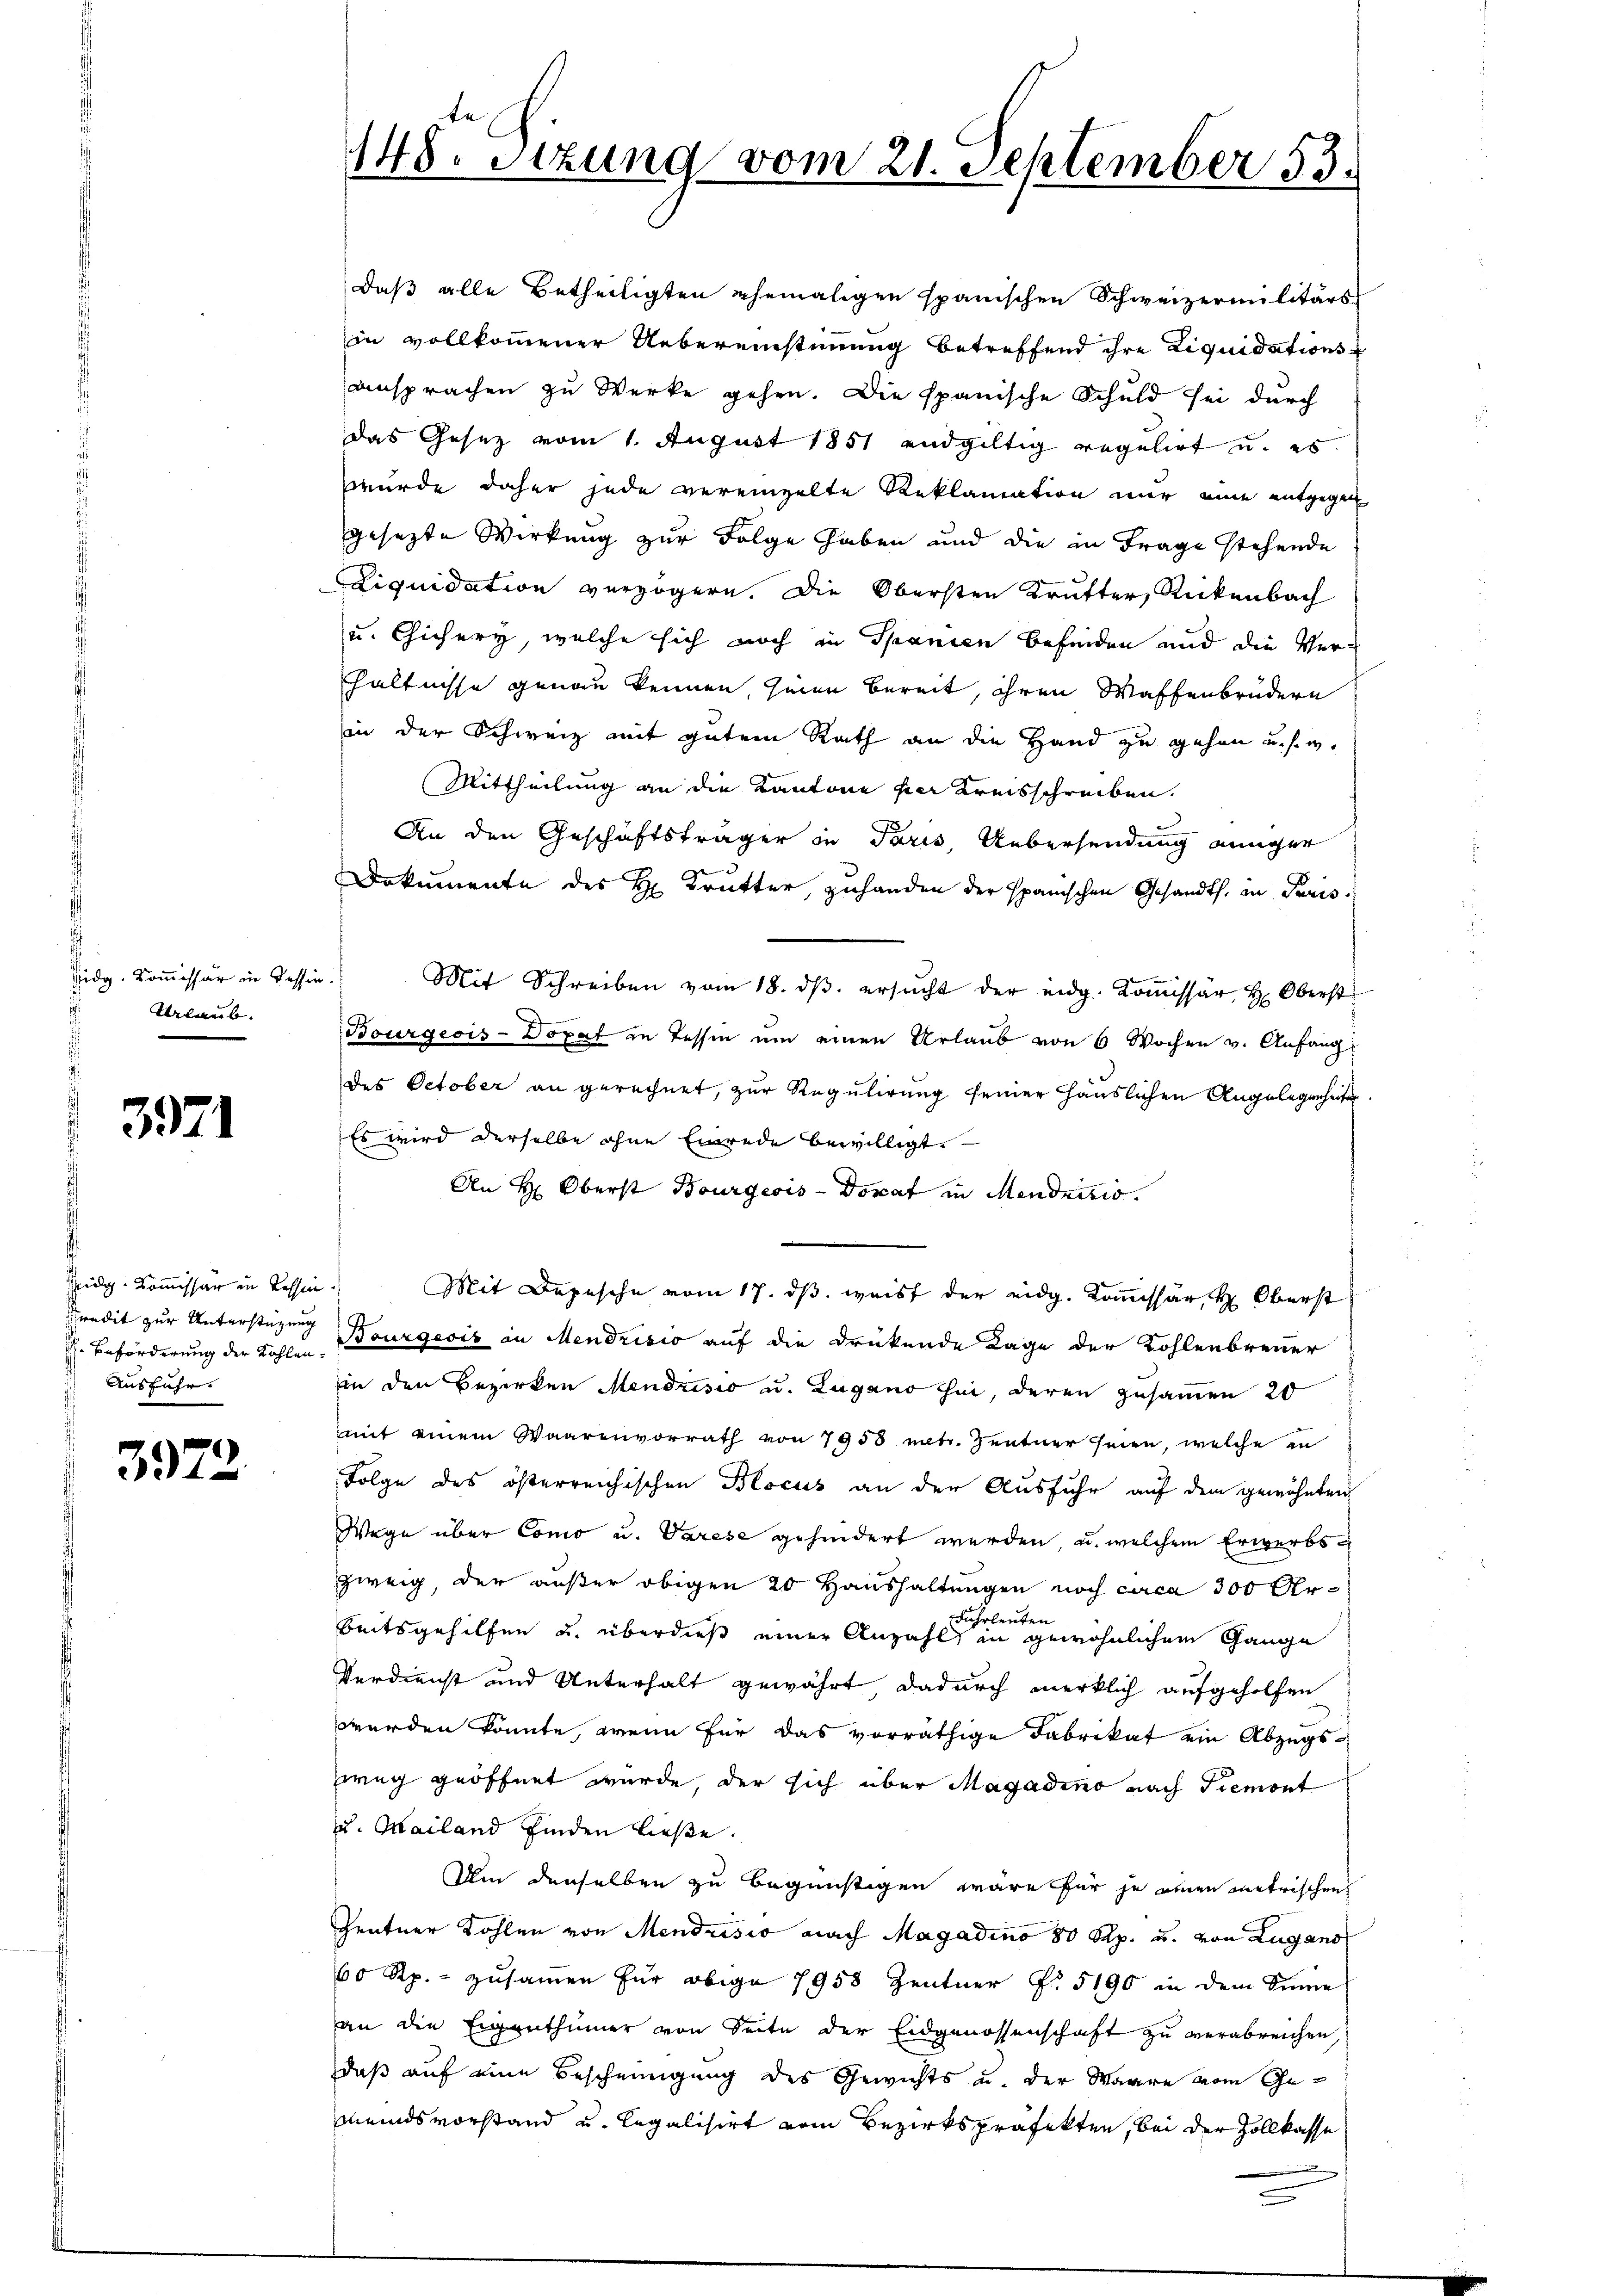
Eidg. Kommissär in Tessin
Urlaub.

3971

eidg. Kommissär in Tessin
redit zur Unterstüzung
H Beförderung der Kohlen¬
Ausfuhr.

3972.

148. Stzung vom 21. September 53.

daß alle Betheiligten ehemaligen spanischen Schweizermilitärs
in vollkommener Uebereinstimmung betreffend ihre Liquidationsansprachen zu Werke gehen. Die spanische Schuld sei durch
das Gesetz vom 1. August 1851 endgültig regelief u. es
wurde daher jede vereinzelte Reklamation mir eine entgegen
gesetzte Wirkung zur Folge haben und die in Frage stehende
Liquidation verzögern. Die Obersten Krutter, Rickenbach
u. Cicery, welche sich noch in Spanien befinden und die Verhältnisse genau kennen, sien bereit, ihren Waffenbrüdern
in der Schweiz mit gutem Rath an die Hand zu gehen u. s. w.
Mittheilung an die Kantone per Kreisschreiben.
An den Geschäftsträger in Paris Uebersendung einger
Dokumente des H. Krutter, zuhanden der spanischen Gesandts. in Paris.
f
Mit Schreiben vom 18. dβ. ersŭcht der eidg. Koṁissär H. Oberst
Bourgeois-Dopat zu Tessin um einen Urlaub von 6 Wochen v. Anfang
des October an gerechnet, zur Regulirung seiner Häuslichen Angelegenheiten
Es wird derselbe ohne Einrede bewilligt.
An H. Oberst Bourgeris - Donat in Mendricis.
Mit Depesche vom 17. ds. weist der eidg. Kommissär H: Oberst
Bourgeois in Mendrisio auf die drükende Lage der Kohlenbrenner
in den Bezirken Mendrisio u. Zugano hin, deren zusammen 20
mit einem Waarenvorrath von 7958 mit. Zentner seien, welche in
Folge des österreichischen Blocus an der Ausfuhr auf dem gewöhnten
Wege über Como u. Varese gehindert werden, u. welchem Erwerbszweig, der außer obigen 20 Haushaltungen noch circa 300 Ur¬
Fuhrleuten
Seitsgehilfen u. überdieß einer Anzahl in gewöhnlichem Gange
Verdienst und Unterhalt gewährt dadurch merklich aufgeholfen
werden könnte, wenn für das vorräthige Fabrikat ein Abzugsweg geöffnet wurde der sich über Magadino nach Tremont
u. Mailand finden ließe.
Um denselben zu begünstigen wäre für je einen metrischen
Zentner Kohlen von Mendrisio nach Magadino 80 Rp. u. von Lugano
60 Rp. zusammen für obige 1958 Zentner N. 5190 in dem Sinne
an die Eigenthümer von Seite der Eidgenossenschaft zu verabreichen
daß auf eine Bescheinigung des Gewichts u. der Waare vom Gemeindsvorstand u. legalisirt vom Bezirkspräfekten, bei der Zollkasse
i